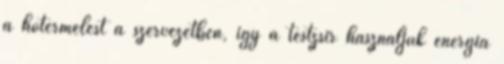
a hőtermelést a szervezetben, így a testzsír használjuk energia